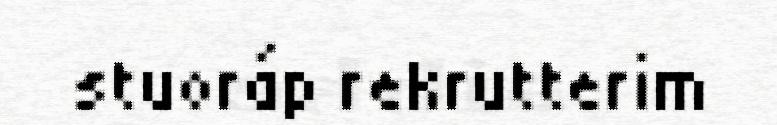
stuoráp rekrutterim